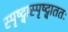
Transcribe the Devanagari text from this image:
स्पृष्ट्वास्पृष्ट्वाततः